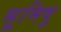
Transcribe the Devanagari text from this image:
भूमिषु